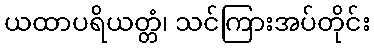
ယထာပရိယတ္တံ၊ သင်ကြားအပ်တိုင်း